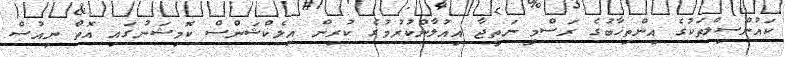
ކައުންސިލްތަކުގެ އިންތިޚާބުގެ ރަސްމީ ނަތީޖާ އިއުލާންކުރުމުގެ ކުރިން އިލެކްޝަންސް ކޮމިޝަނުގައި އޮތް ނިއުސް